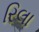
રિલા